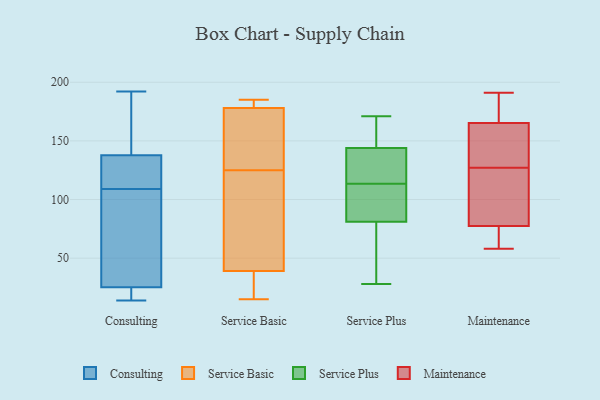
{"axis": {"x": "Latency (ms)", "y": "Value"}, "legend": ["Consulting", "Maintenance", "Service Basic", "Service Plus"], "data": [{"x": "", "y": 148, "type": "Consulting"}, {"x": "", "y": 128, "type": "Consulting"}, {"x": "", "y": 192, "type": "Consulting"}, {"x": "", "y": 47, "type": "Consulting"}, {"x": "", "y": 138, "type": "Consulting"}, {"x": "", "y": 32, "type": "Consulting"}, {"x": "", "y": 137, "type": "Consulting"}, {"x": "", "y": 132, "type": "Consulting"}, {"x": "", "y": 19, "type": "Consulting"}, {"x": "", "y": 187, "type": "Consulting"}, {"x": "", "y": 109, "type": "Consulting"}, {"x": "", "y": 14, "type": "Consulting"}, {"x": "", "y": 77, "type": "Consulting"}, {"x": "", "y": 17, "type": "Consulting"}, {"x": "", "y": 23, "type": "Consulting"}, {"x": "", "y": 55, "type": "Service Basic"}, {"x": "", "y": 182, "type": "Service Basic"}, {"x": "", "y": 21, "type": "Service Basic"}, {"x": "", "y": 135, "type": "Service Basic"}, {"x": "", "y": 23, "type": "Service Basic"}, {"x": "", "y": 81, "type": "Service Basic"}, {"x": "", "y": 178, "type": "Service Basic"}, {"x": "", "y": 178, "type": "Service Basic"}, {"x": "", "y": 161, "type": "Service Basic"}, {"x": "", "y": 185, "type": "Service Basic"}, {"x": "", "y": 15, "type": "Service Basic"}, {"x": "", "y": 115, "type": "Service Basic"}, {"x": "", "y": 171, "type": "Service Plus"}, {"x": "", "y": 84, "type": "Service Plus"}, {"x": "", "y": 150, "type": "Service Plus"}, {"x": "", "y": 136, "type": "Service Plus"}, {"x": "", "y": 116, "type": "Service Plus"}, {"x": "", "y": 111, "type": "Service Plus"}, {"x": "", "y": 133, "type": "Service Plus"}, {"x": "", "y": 153, "type": "Service Plus"}, {"x": "", "y": 158, "type": "Service Plus"}, {"x": "", "y": 30, "type": "Service Plus"}, {"x": "", "y": 98, "type": "Service Plus"}, {"x": "", "y": 138, "type": "Service Plus"}, {"x": "", "y": 86, "type": "Service Plus"}, {"x": "", "y": 78, "type": "Service Plus"}, {"x": "", "y": 28, "type": "Service Plus"}, {"x": "", "y": 44, "type": "Service Plus"}, {"x": "", "y": 142, "type": "Maintenance"}, {"x": "", "y": 184, "type": "Maintenance"}, {"x": "", "y": 191, "type": "Maintenance"}, {"x": "", "y": 173, "type": "Maintenance"}, {"x": "", "y": 75, "type": "Maintenance"}, {"x": "", "y": 79, "type": "Maintenance"}, {"x": "", "y": 77, "type": "Maintenance"}, {"x": "", "y": 142, "type": "Maintenance"}, {"x": "", "y": 82, "type": "Maintenance"}, {"x": "", "y": 58, "type": "Maintenance"}, {"x": "", "y": 127, "type": "Maintenance"}]}